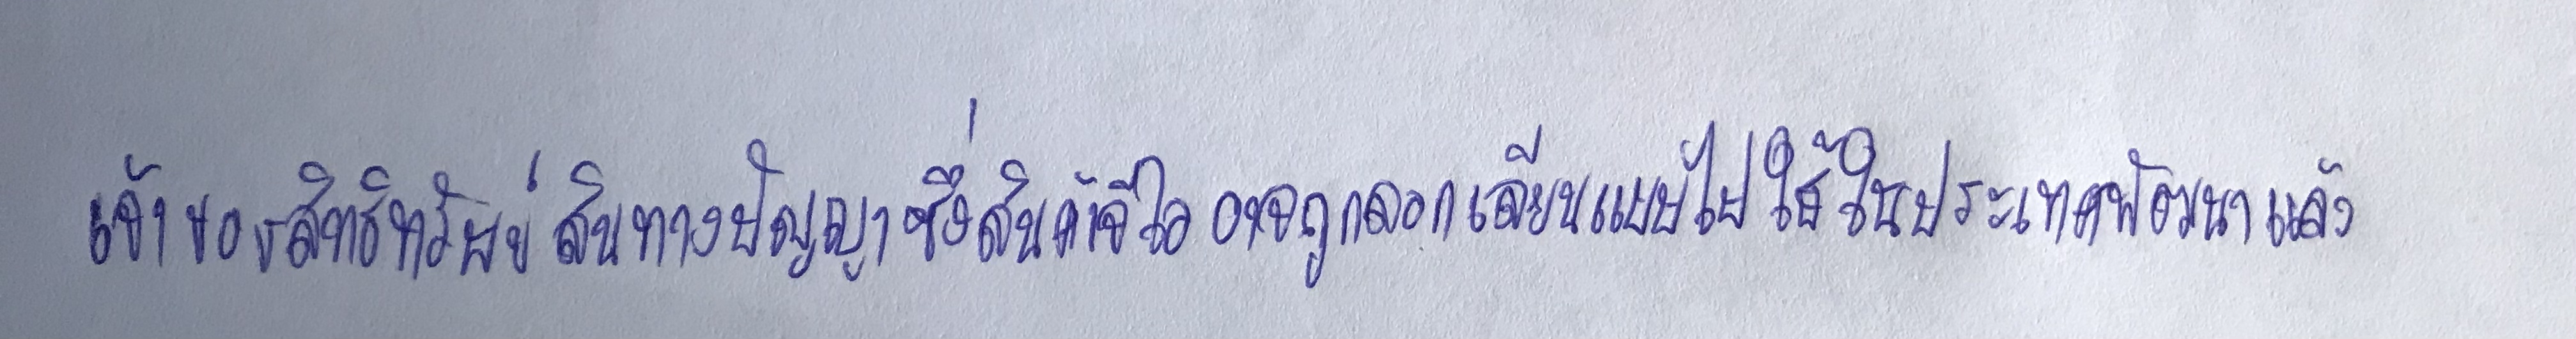
เจ้าของสิทธิทรัพย์สินทางปัญญาซึ่งสินค้าจีไออาจจะถูกลอกเลียนแบบไปใช้ในประเทศพัฒนาแล้ว